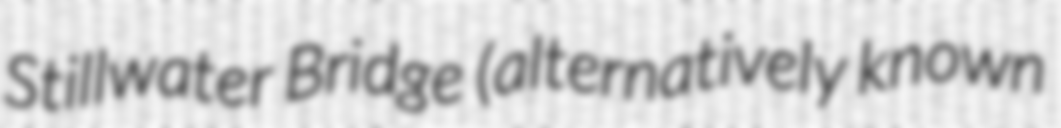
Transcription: Stillwater Bridge (alternatively known